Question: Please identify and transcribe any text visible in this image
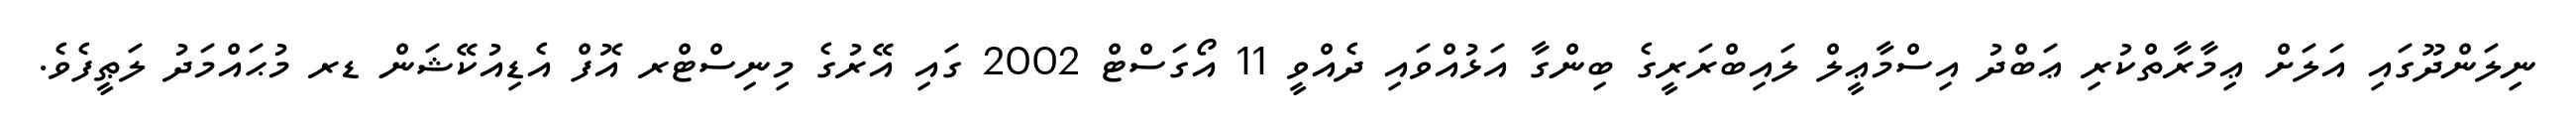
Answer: ނިލަންދޫގައި އަލަށް ޢިމާރާތްކުރި ޢަބްދު އިސްމާޢީލް ލައިބްރަރީގެ ބިންގާ އަޅުއްވައި ދެއްވީ 11 އޯގަސްޓް 2002 ގައި އޭރުގެ މިނިސްޓްރ އޮފް އެޑިއުކޭޝަން ޑރ މުޙައްމަދު ލަޠީފެވެ.